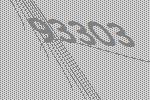
93303